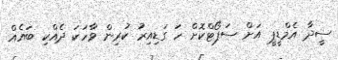
ސީދާ އެމްޑީޕީ އަށް ސަޕޯޓްކޮށް ހަ ގަޑިއިރު ކުރިން ވާހަކަ ދެއްކި ބައެއް